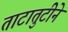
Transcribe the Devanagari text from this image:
ताटातुटीने